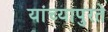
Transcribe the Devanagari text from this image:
यांच्यापुरते